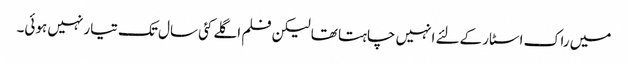
میں راک اسٹار کےلئے انہیں چاہتا تھا لیکن فلم اگلے کئی سال تک تیار نہیں ہوئی۔